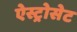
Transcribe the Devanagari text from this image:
ऐस्ट्रोसेट